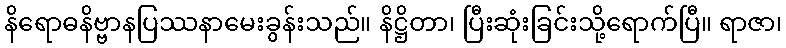
နိရောဓနိဗ္ဗာနပြဿနာမေးခွန်းသည်။ နိဋ္ဌိတာ၊ ပြီးဆုံးခြင်းသို့ရောက်ပြီ။ ရာဇာ၊